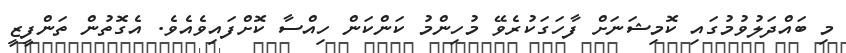
މި ބައްދަލުވުމުގައި ކޮމިޝަނަށް ފާހަގަކުރެވޭ މުހިންމު ކަންކަން ހިއްސާ ކޮށްފައިވެއެވެ. އެގޮތުން ތަންފީޒީ